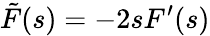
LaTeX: \tilde{F}(s)=-2sF^{\prime}(s)